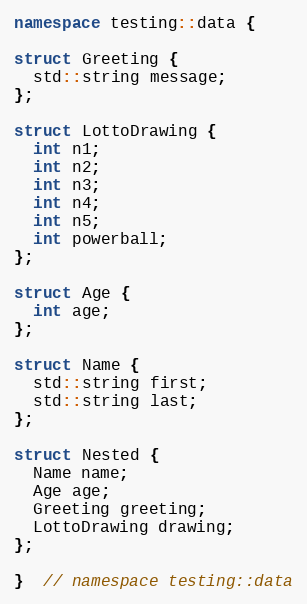
Language: C++
namespace testing::data {

struct Greeting {
  std::string message;
};

struct LottoDrawing {
  int n1;
  int n2;
  int n3;
  int n4;
  int n5;
  int powerball;
};

struct Age {
  int age;
};

struct Name {
  std::string first;
  std::string last;
};

struct Nested {
  Name name;
  Age age;
  Greeting greeting;
  LottoDrawing drawing;
};

}  // namespace testing::data